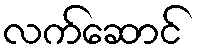
လက်ဆောင်